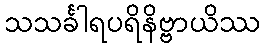
သသင်္ခါရပရိနိဗ္ဗာယိဿ